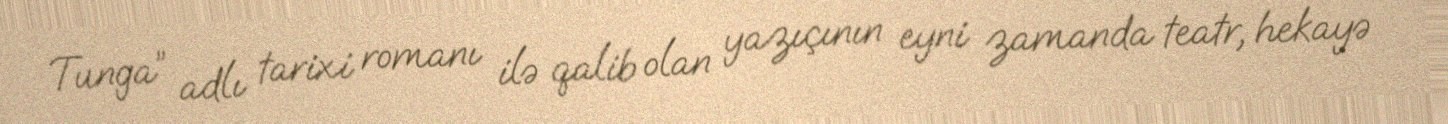
Tunga” adlı tarixi romanı ilə qalib olan yazıçının eyni zamanda teatr, hekayə